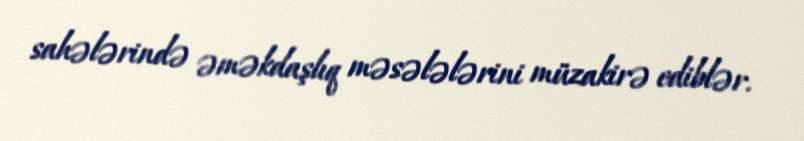
sahələrində əməkdaşlıq məsələlərini müzakirə ediblər.